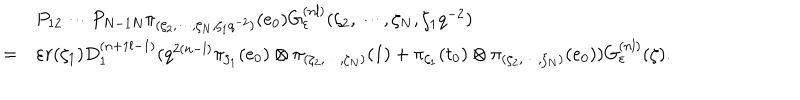
\begin{array} { c l } { { } } & { { P _ { 1 2 } \cdots P _ { N - 1 N } \pi _ { ( \zeta _ { 2 } , \cdots , \zeta _ { N } , \zeta _ { 1 } q ^ { - 2 } ) } ( e _ { 0 } ) G _ { \varepsilon } ^ { ( n l ) } ( \zeta _ { 2 } , \cdots , \zeta _ { N } , \zeta _ { 1 } q ^ { - 2 } ) } } \\ { { = } } & { { \varepsilon r ( \zeta _ { 1 } ) D _ { 1 } ^ { ( n + 1 l - 1 ) } ( q ^ { 2 ( n - l ) } \pi _ { \zeta _ { 1 } } ( e _ { 0 } ) \otimes \pi _ { ( \zeta _ { 2 } , \cdots , \zeta _ { N } ) } ( 1 ) + \pi _ { \zeta _ { 1 } } ( t _ { 0 } ) \otimes \pi _ { ( \zeta _ { 2 } , \cdots , \zeta _ { N } ) } ( e _ { 0 } ) ) G _ { \varepsilon } ^ { ( n l ) } ( \zeta ) . } } \\ \end{array}